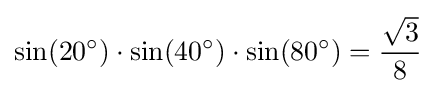
\sin(20^{\circ })\cdot \sin(40^{\circ })\cdot \sin(80^{\circ })={\frac {\sqrt {3}}{8}}